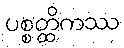
ပစ္စတ္ထိကဿ